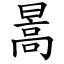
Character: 暠